Medical and sanitary report of the native army of Madras for the year
Year: 1878
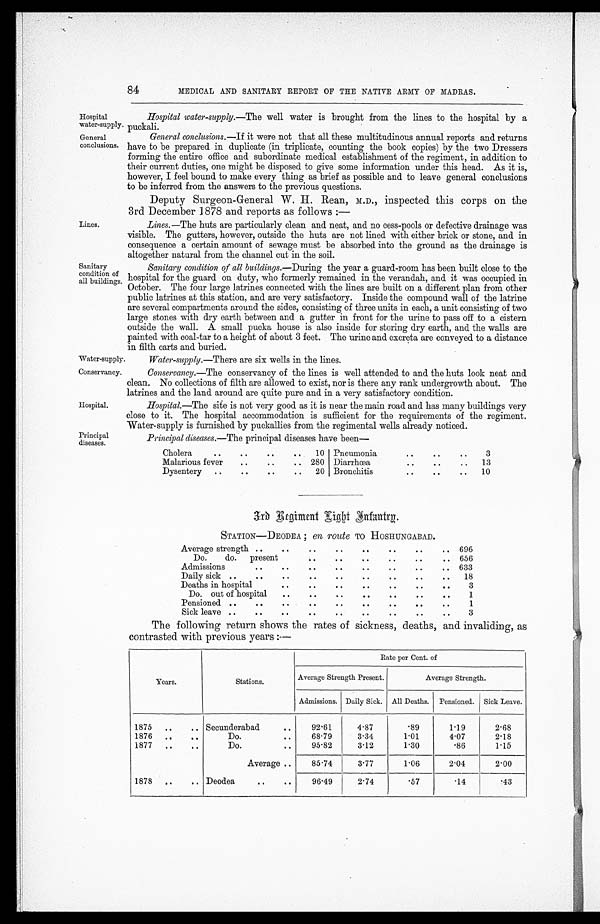
Hospital.
Principal
diseases.
84
MEDICAL AND SANITARY REPORT OF THE NATIVE ARMY OF MADRAS.
Hospital
water-supply.
General
conclusions.
Lines.
Sanitary
condition of
all buildings.
Hospital water-supply. —The well water is brought from the lines to the hospital by a
puckali.
General conclusions. —If it were not that all these multitudinous annual reports and returns
have to be prepared in duplicate (in triplicate, counting the book copies) by the two Dressers
forming the entire office and subordinate medical establishment of the regiment, in addition to
their current duties, one might be disposed to give some information under this head. As it is,
however, I feel bound to make every thing as brief as possible and to leave general conclusions
to be inferred from the answers to the previous questions.
Deputy Surgeon-General W. H. Rean, M.D., inspected this corps on the
3rd December 1878 and reports as follows :—
Lines. —The huts are particularly clean and neat, and no cess-pools or defective drainage was
visible. The gutters, however, outside the huts are not lined with either brick or stone, and in
consequence a certain amount of sewage must be absorbed into the ground as the drainage is
altogether natural from the channel cut in the soil.
Sanitary condition of all buildings. —During the year a guard-room has been built close to the
hospital for the guard on duty, who formerly remained in the verandah, and it was occupied in
October. The four large latrines connected with the lines are built on a different plan from other
public latrines at this station, and are very satisfactory. Inside the compound wall of the latrine
are several compartments around the sides, consisting of three units in each, a unit consisting of two
large stones with dry earth between and a gutter in front for the urine to pass off to a cistern
outside the wall. A small pucka house is also inside for storing dry earth, and the walls are
painted with coal-tar to a height of about 3 feet. The urine and excreta are conveyed to a distance
in filth carts and buried.
Water-supply.
Water-supply. —There are six wells in the lines.
Conservancy.
Conservancy. —The conservancy of the lines is well attended to and the huts look neat and
clean. No collections of filth are allowed to exist, nor is there any rank undergrowth about. The
latrines and the land around are quite pure and in a very satisfactory condition.
Hospital. —The site is not very good as it is near the main road and has many buildings very
close to it. The hospital accommodation is sufficient for the requirements of the regiment.
Water-supply is furnished by puckallies from the regimental wells already noticed.
Principal diseases.—The principal diseases have been
Cholera
..
..
..
.. 10 Pneumonia
..
..
..
3
Malarious fever
..
..
.. 280 Diarrhœa
..
..
.. 13
Dysentery
..
..
..
.. 20 Bronchitis
..
..
.. 10
Regiment Light Infantry.
STATION—DEODEA ; en route TO HOSHUNGABAD.
Average strength ..
..
..
..
..
..
..
.. 696
Do.
do. present
..
..
..
..
..
.. 656
Admissions
..
..
..
..
..
..
..
.. 633
Daily sick ..
..
..
..
..
..
....
..
.. 18
Deaths in hospital
..
..
..
..
..
..
3
Do. out of hospital
..
..
..
..
..
..
..
1
Pensioned ..
..
..
..
..
..
..
..
..
1
Sick leave ..
..
..
..
..
..
..
..
..
3
The following return shows the rates of sickness, deaths, and invaliding, as
contrasted with previous years :--
.
Years.
Stations .
Rate per Cent. of
Average Strength Present.
Average Strength.
Admissions. Daily Sick. All Deaths. Pensioned. Sick Leave.
1875 ..
.. Secunderabad.
..
92.61
4.87
. 8 9
1.19
2 . 6 8
1876 ..
..
Do.
..
68.79
3.34
1.01
4.07
2.18
1877 ..
..
Do.
..
95.82
3.12
1 . 3 0
.86
1.15
Average ..
85.74
3.77
1.06
2.04
2.00
1878 ..
.. Deodea
..
..
96.49
2.74
.57
.14
.43